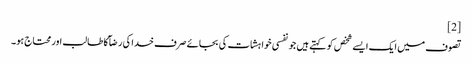
[2]
تصوف میں ایک ایسے شخص کو کہتے ہیں جو نفسی خواہشات کی بجائے صرف خدا کی رضآ کا طالب اور محتاج ہو۔